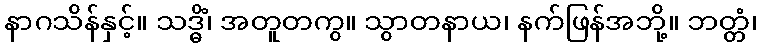
နာဂသိန်နှင့်။ သဒ္ဓိံ၊ အတူတကွ။ သွာတနာယ၊ နက်ဖြန်အဘို့။ ဘတ္တံ၊